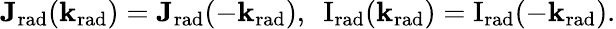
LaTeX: \mathbf{J_{\mathrm{{rad}}}}(\mathbf{k}_{\mathrm{rad}})=\mathbf{J_{\mathrm{{rad}}}}(-\mathbf{k}_{\mathrm{rad}}),~~\mathrm{{I}}_{\mathrm{rad}}(\mathbf{k}_{\mathrm{{rad}}})={\mathrm{I}}_{\mathrm{{rad}}}(-\mathbf{k}_{\mathrm{rad}}).